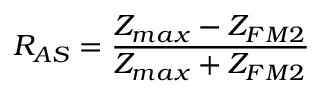
R _ { A S } = \frac { Z _ { m a x } - Z _ { F M 2 } } { Z _ { m a x } + Z _ { F M 2 } }